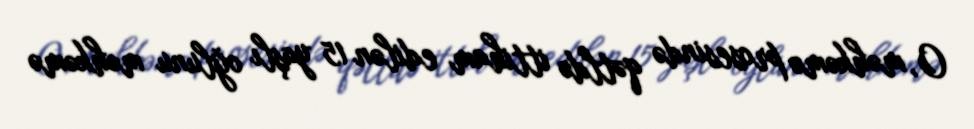
O, məhkəmə prosesində qətldə ittiham edilən 15 yaşlı oğlunu məhkəmə